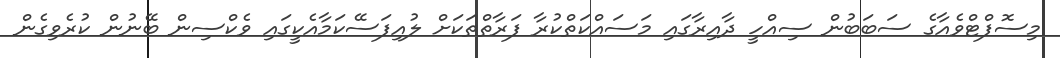
މިސޮފްޓްވެއާގެ ސަބަބުން ސިއްހީ ދާއިރާގައި މަސައްކަތްކުރާ ފަރާތްތަކަށް ލުއިފަސޭކަމާއެކީގައި ވެކްސިން ބޭނުން ކުރެވިގެން